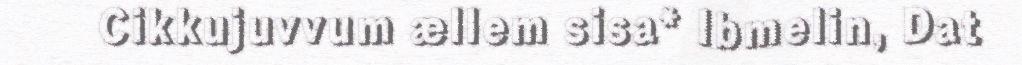
Cikkujuvvum ællem sisa* Ibmelin, Dat